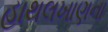
હાથલખાણના